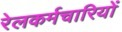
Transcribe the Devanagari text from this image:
रेलकर्मचारियों